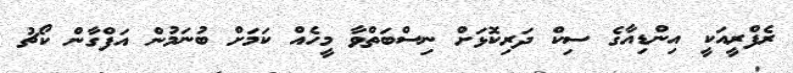
ރެފްރީއަކީ އިންޑިއާގެ ސިކް ދަރިކޮޅަށް ނިސްބަތްވާ މީހެއް ކަމަށް ބުނަމުން އަފްގާން ކޯޗު